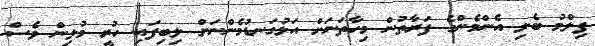
ފިލްމު ބެލި އެންމެންގެ ފަރާތުން މިހާތަނަށް އަޅުގަނޑުމެންނަށް ލިބިފައި ހުރީ މުޅިން ވެސް